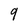
Character: 9